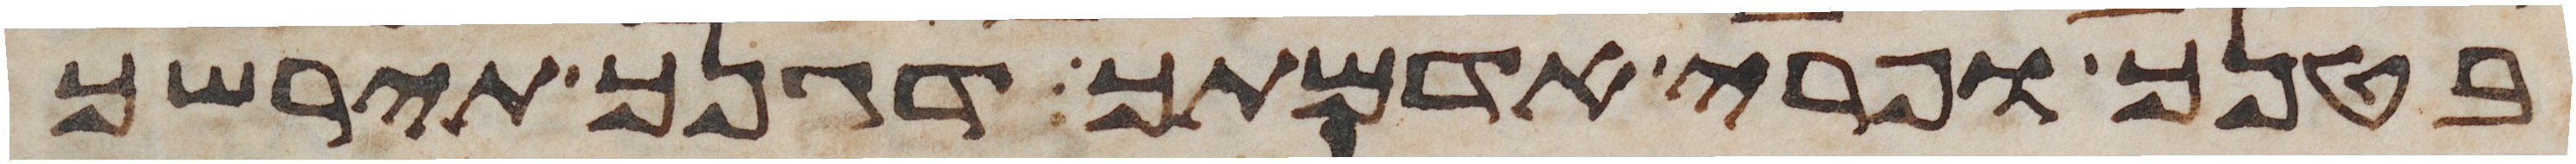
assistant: בטנך ופרי אדמתך דגנך תירשך